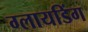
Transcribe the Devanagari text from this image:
ग्लायडिंग